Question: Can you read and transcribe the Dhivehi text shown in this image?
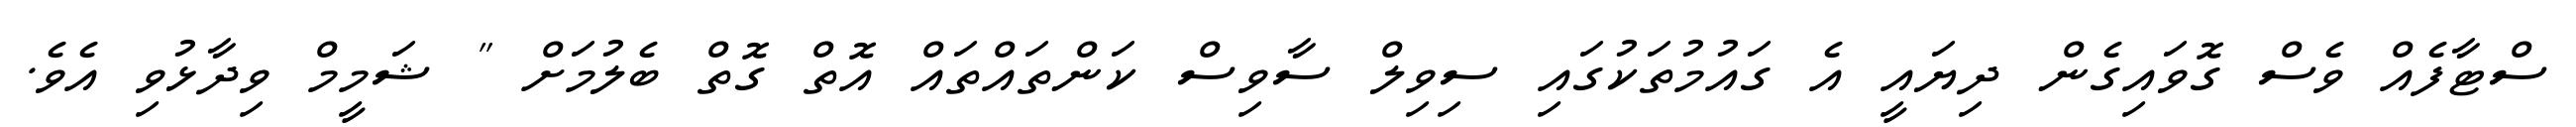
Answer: ސްޓާފެއް ވެސް ގޮވައިގެން ދިޔައީ އެ ގައުމުތަކުގައި ސިވިލް ސާވިސް ކަންތައްތައް އޮތް ގޮތް ބެލުމަށް " ޝަމީމް ވިދާޅުވި އެވެ.